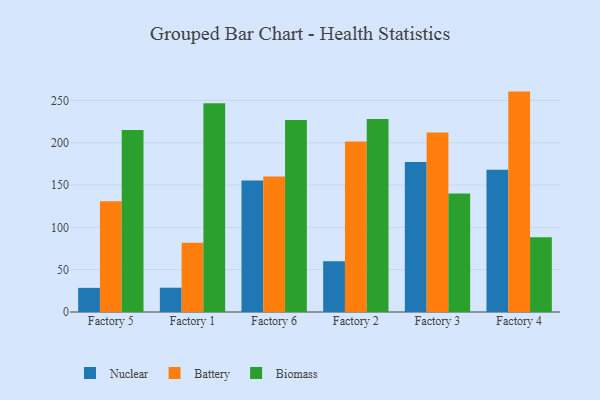
{"axis": {"x": "Factory", "y": "Headcount"}, "legend": ["Battery", "Biomass", "Nuclear"], "data": [{"x": "Factory 5", "y": 28.5, "type": "Nuclear"}, {"x": "Factory 5", "y": 130.8, "type": "Battery"}, {"x": "Factory 5", "y": 214.9, "type": "Biomass"}, {"x": "Factory 1", "y": 28.7, "type": "Nuclear"}, {"x": "Factory 1", "y": 81.8, "type": "Battery"}, {"x": "Factory 1", "y": 246.6, "type": "Biomass"}, {"x": "Factory 6", "y": 155.4, "type": "Nuclear"}, {"x": "Factory 6", "y": 160.2, "type": "Battery"}, {"x": "Factory 6", "y": 226.7, "type": "Biomass"}, {"x": "Factory 2", "y": 59.9, "type": "Nuclear"}, {"x": "Factory 2", "y": 201.4, "type": "Battery"}, {"x": "Factory 2", "y": 228.1, "type": "Biomass"}, {"x": "Factory 3", "y": 177.1, "type": "Nuclear"}, {"x": "Factory 3", "y": 212.1, "type": "Battery"}, {"x": "Factory 3", "y": 140.1, "type": "Biomass"}, {"x": "Factory 4", "y": 168.2, "type": "Nuclear"}, {"x": "Factory 4", "y": 260.4, "type": "Battery"}, {"x": "Factory 4", "y": 88.4, "type": "Biomass"}]}